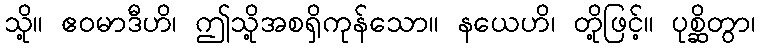
သို့။ ဧဝမာဒီဟိ၊ ဤသို့အစရှိကုန်သော။ နယေဟိ၊ တို့ဖြင့်။ ပုစ္ဆိတွာ၊